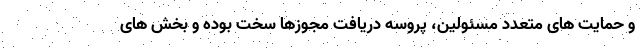
و حمایت های متعدد مسئولین، پروسه دریافت مجوزها سخت بوده و بخش های